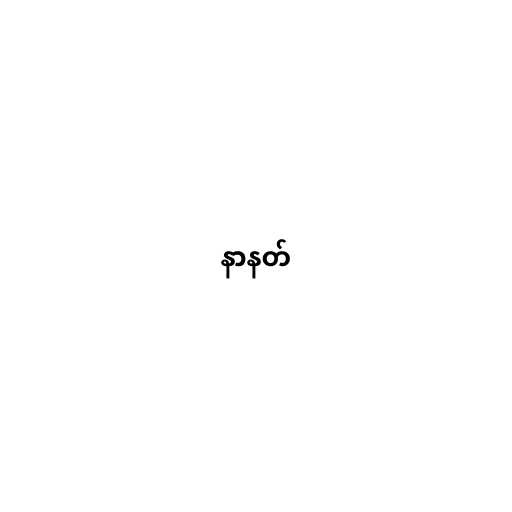
နာနတ်